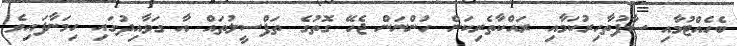
ބެހެއްޓުމާއި ސާފުތާހިރުކަމާއި ރައްކާތެރިކަން ހުންނަން ޖެހޭ ގޮތުގެ ތަފްސީލުތައް އާ ގަވާއިދުގައި ހިމަނާފައިވެ